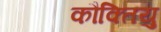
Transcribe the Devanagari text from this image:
कौक्तियु